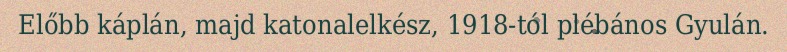
Előbb káplán, majd katonalelkész, 1918-tól plébános Gyulán.